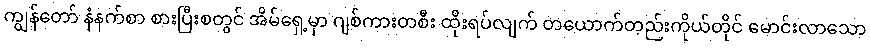
ကျွန်တော် နံနက်စာ စားပြီးစတွင် အိမ်ရှေ့မှာ ဂျစ်ကားတစီး ထိုးရပ်လျက် တယောက်တည်းကိုယ်တိုင် မောင်းလာသော